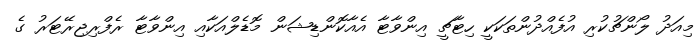
މިއަދު ލޯންޗުކުރި އުފެއްދުންތަކަކީ ހިޓާޗީ އިންވާޓާ އެއާކޮންޑިޝަން މޮޑެލްއަކާއި އިންވާޓާ ރެފްރިޖިރޭޓަރު ގެ